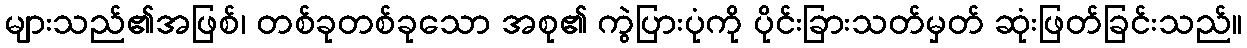
များသည်၏အဖြစ်၊ တစ်ခုတစ်ခုသော အစု၏ ကွဲပြားပုံကို ပိုင်းခြားသတ်မှတ် ဆုံးဖြတ်ခြင်းသည်။